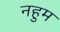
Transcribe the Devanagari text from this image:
नहुम